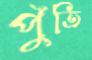
পুঁতি